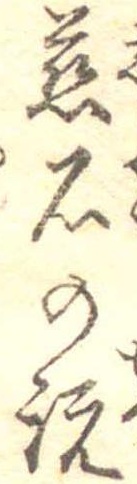
磁石の説